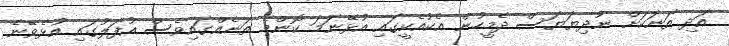
އަދި ތަނަކަށް ނުދިޔަޔަސް ދެމީހުން އެކުއެކީގައި އުޅޭނަމަ ކޮންމެ ތަނެއްގައިވެސް އުފަލުގައި އުޅެވޭނެ